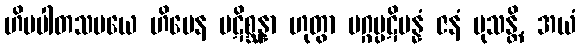
ဟိမပါတသမယေ ဟိမေန ပဋိစ္ဆန္နာ ဟုတွာ မဂ္ဂပ္ပဋိပန္နံ ဇနံ မုသန္တိ, အယံ